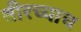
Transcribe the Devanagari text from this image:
वीरच्याच